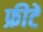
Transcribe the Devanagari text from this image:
फ्रीटें